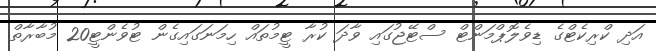
އަދި ކްރިކެޓްގެ ޑިވެލޮޕްމަންޓް ސްޓޭޖުގައި ވާދަ ކުރާ ޓީމުތައް ހިމަނަގައިގެން ޓުވެންޓީ20 މުބާރާތް